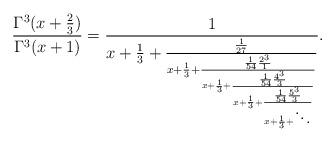
LaTeX: \begin{align*}\frac{\Gamma^3(x+\frac 23)}{\Gamma^3(x+1)}=\frac{1}{x+\frac 13 +\frac{\frac{1}{27}}{x+\frac 13+\frac{\frac{1}{54}\frac{2^3}{1}}{x+\frac 13+\frac{\frac{1}{54}\frac{4^3}{3}}{x+\frac 13+\frac{\frac{1}{54}\frac{5^3}{3}}{x+\frac 13+\ddots}}}}}.\end{align*}